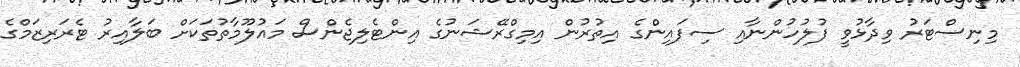
މިނިސްޓަރު ވިދާޅުވީ ފުލުހުންނާއި ސިފައިންގެ އިތުރުން އިމިގްރޭޝަނުގެ އިންޓެލިޖެންސް މައުލޫމާތުތަކަށް ބަލާއިރު ޓެރަރިޒަމްގެ